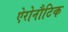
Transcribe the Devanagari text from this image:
ऐरोनौटिक